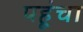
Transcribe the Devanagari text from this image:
पहूंचा